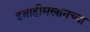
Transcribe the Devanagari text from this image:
इब्राहीमखानच्या